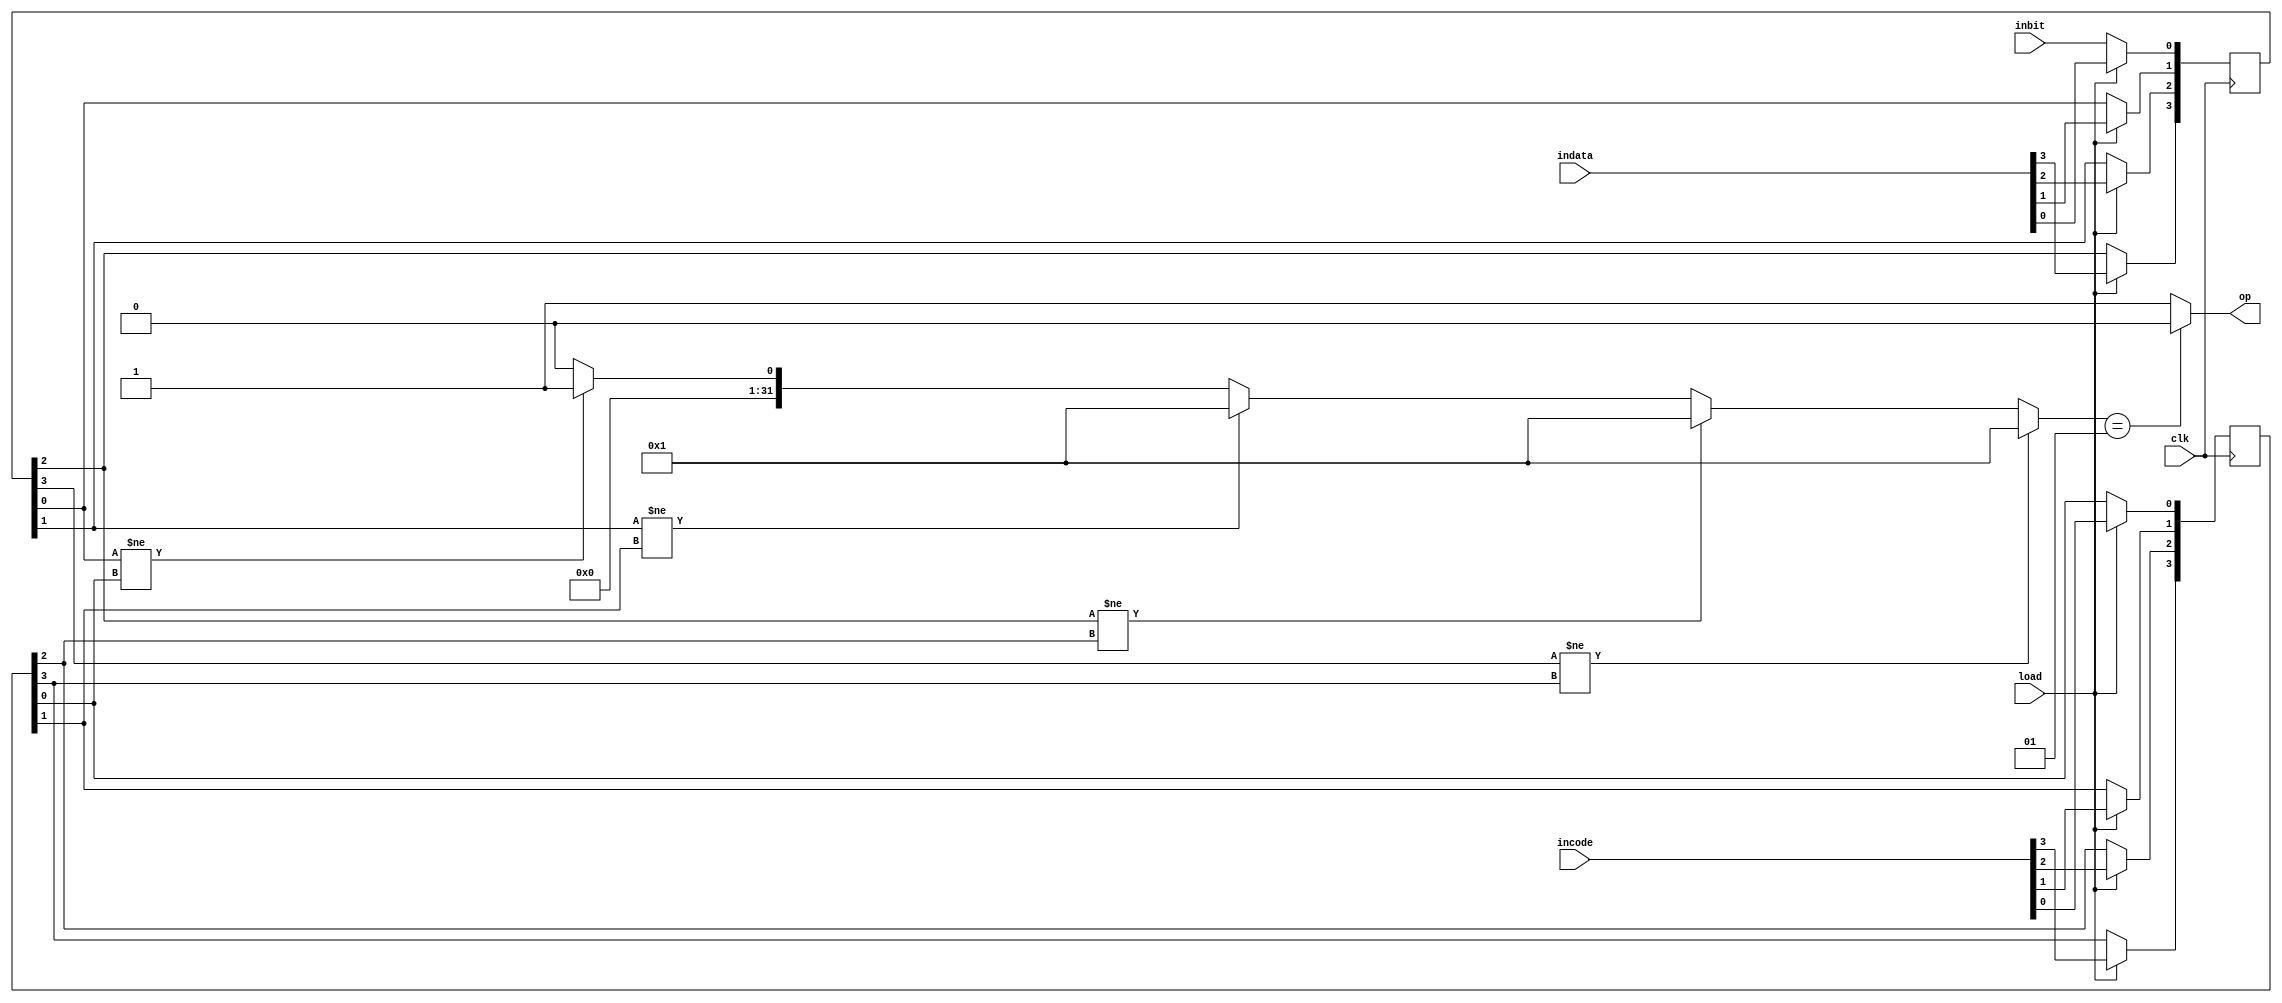
module ShiftSeq(clk, inbit, indata, incode, load, op);
	input clk;
	input inbit;
	input [3:0] indata;
	input [3:0] incode;
	integer i, flag =0;
	input load;
	output reg op;
	parameter N = 4;
	reg [N-1:0] data;
	reg [N-1:0] code;
	
	always @(posedge clk)
	begin
		if(load == 1)
			begin
				for(i=0; i<N; i=i+1)
				code[i] <= incode[i];
				
				for(i=0; i<N; i=i+1)
				data[i] <= indata[i];
			end
		else
			begin
				data[0] <= inbit;
				for(i=1; i<N; i=i+1)
				data[i] <= data[i-1];
			end
	end
	
	always @(data)
		begin
			flag = 0;
			for(i=0; i<N; i=i+1)
			begin
				if(data[i] != code[i])
				flag = 1;
			end
			op = flag==1? 0:1;
		end
		
endmodule